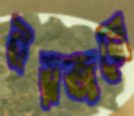
নয়জনে